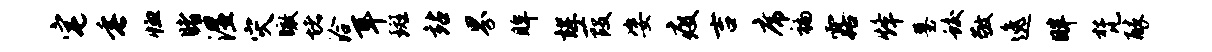
宅垂恤睹湿灾瞰堵洽耳斑站界眸辉葭姿疫吉席褊露烽墓蛟敬逸畔梵醉